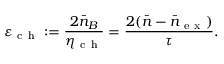
\varepsilon _ { \mathrm { ~ c ~ h ~ } } : = \frac { 2 \bar { n } _ { B } } { \eta _ { \mathrm { ~ c ~ h ~ } } } = \frac { 2 ( \bar { n } - \bar { n } _ { \mathrm { ~ e ~ x ~ } } ) } { \tau } .